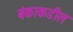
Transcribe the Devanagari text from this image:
बंकाकडील